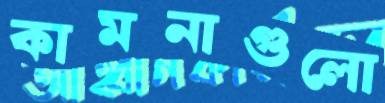
কামনাগুলো